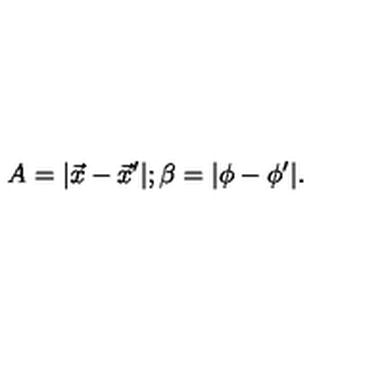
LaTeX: A = | \vec { x } - \vec { x } ^ { \prime } | ; \beta = | \phi - \phi ^ { \prime } | .